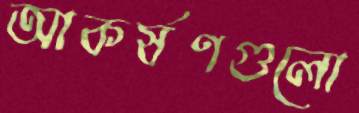
আকর্ষণগুলো